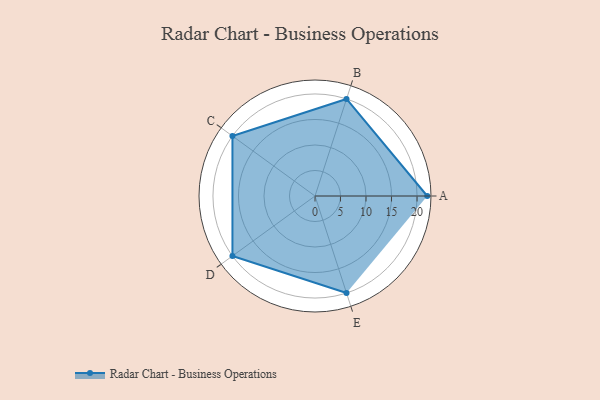
{"axis": {"x": "Skill", "y": "Score"}, "legend": ["Profile"], "data": [{"x": "A", "y": 22.0, "type": "Profile"}, {"x": "B", "y": 20, "type": "Profile"}, {"x": "C", "y": 20, "type": "Profile"}, {"x": "D", "y": 20, "type": "Profile"}, {"x": "E", "y": 20, "type": "Profile"}]}